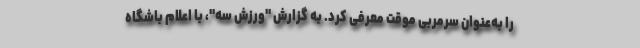
را به‌عنوان سرمربی موقت معرفی کرد. به گزارش "ورزش سه"، با اعلام باشگاه